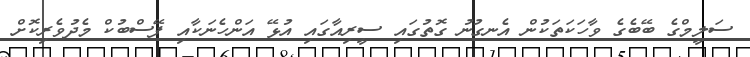
ސަލީމްގެ ބޭބެގެ ވާހަކަތަކުން އެނގުނު ގޮތުގައި ސީރިއާގައި އުޅޭ އަންހެނަކާއި ފޭސްބުކް މެދުވެރިކޮށް